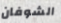
الشوفان